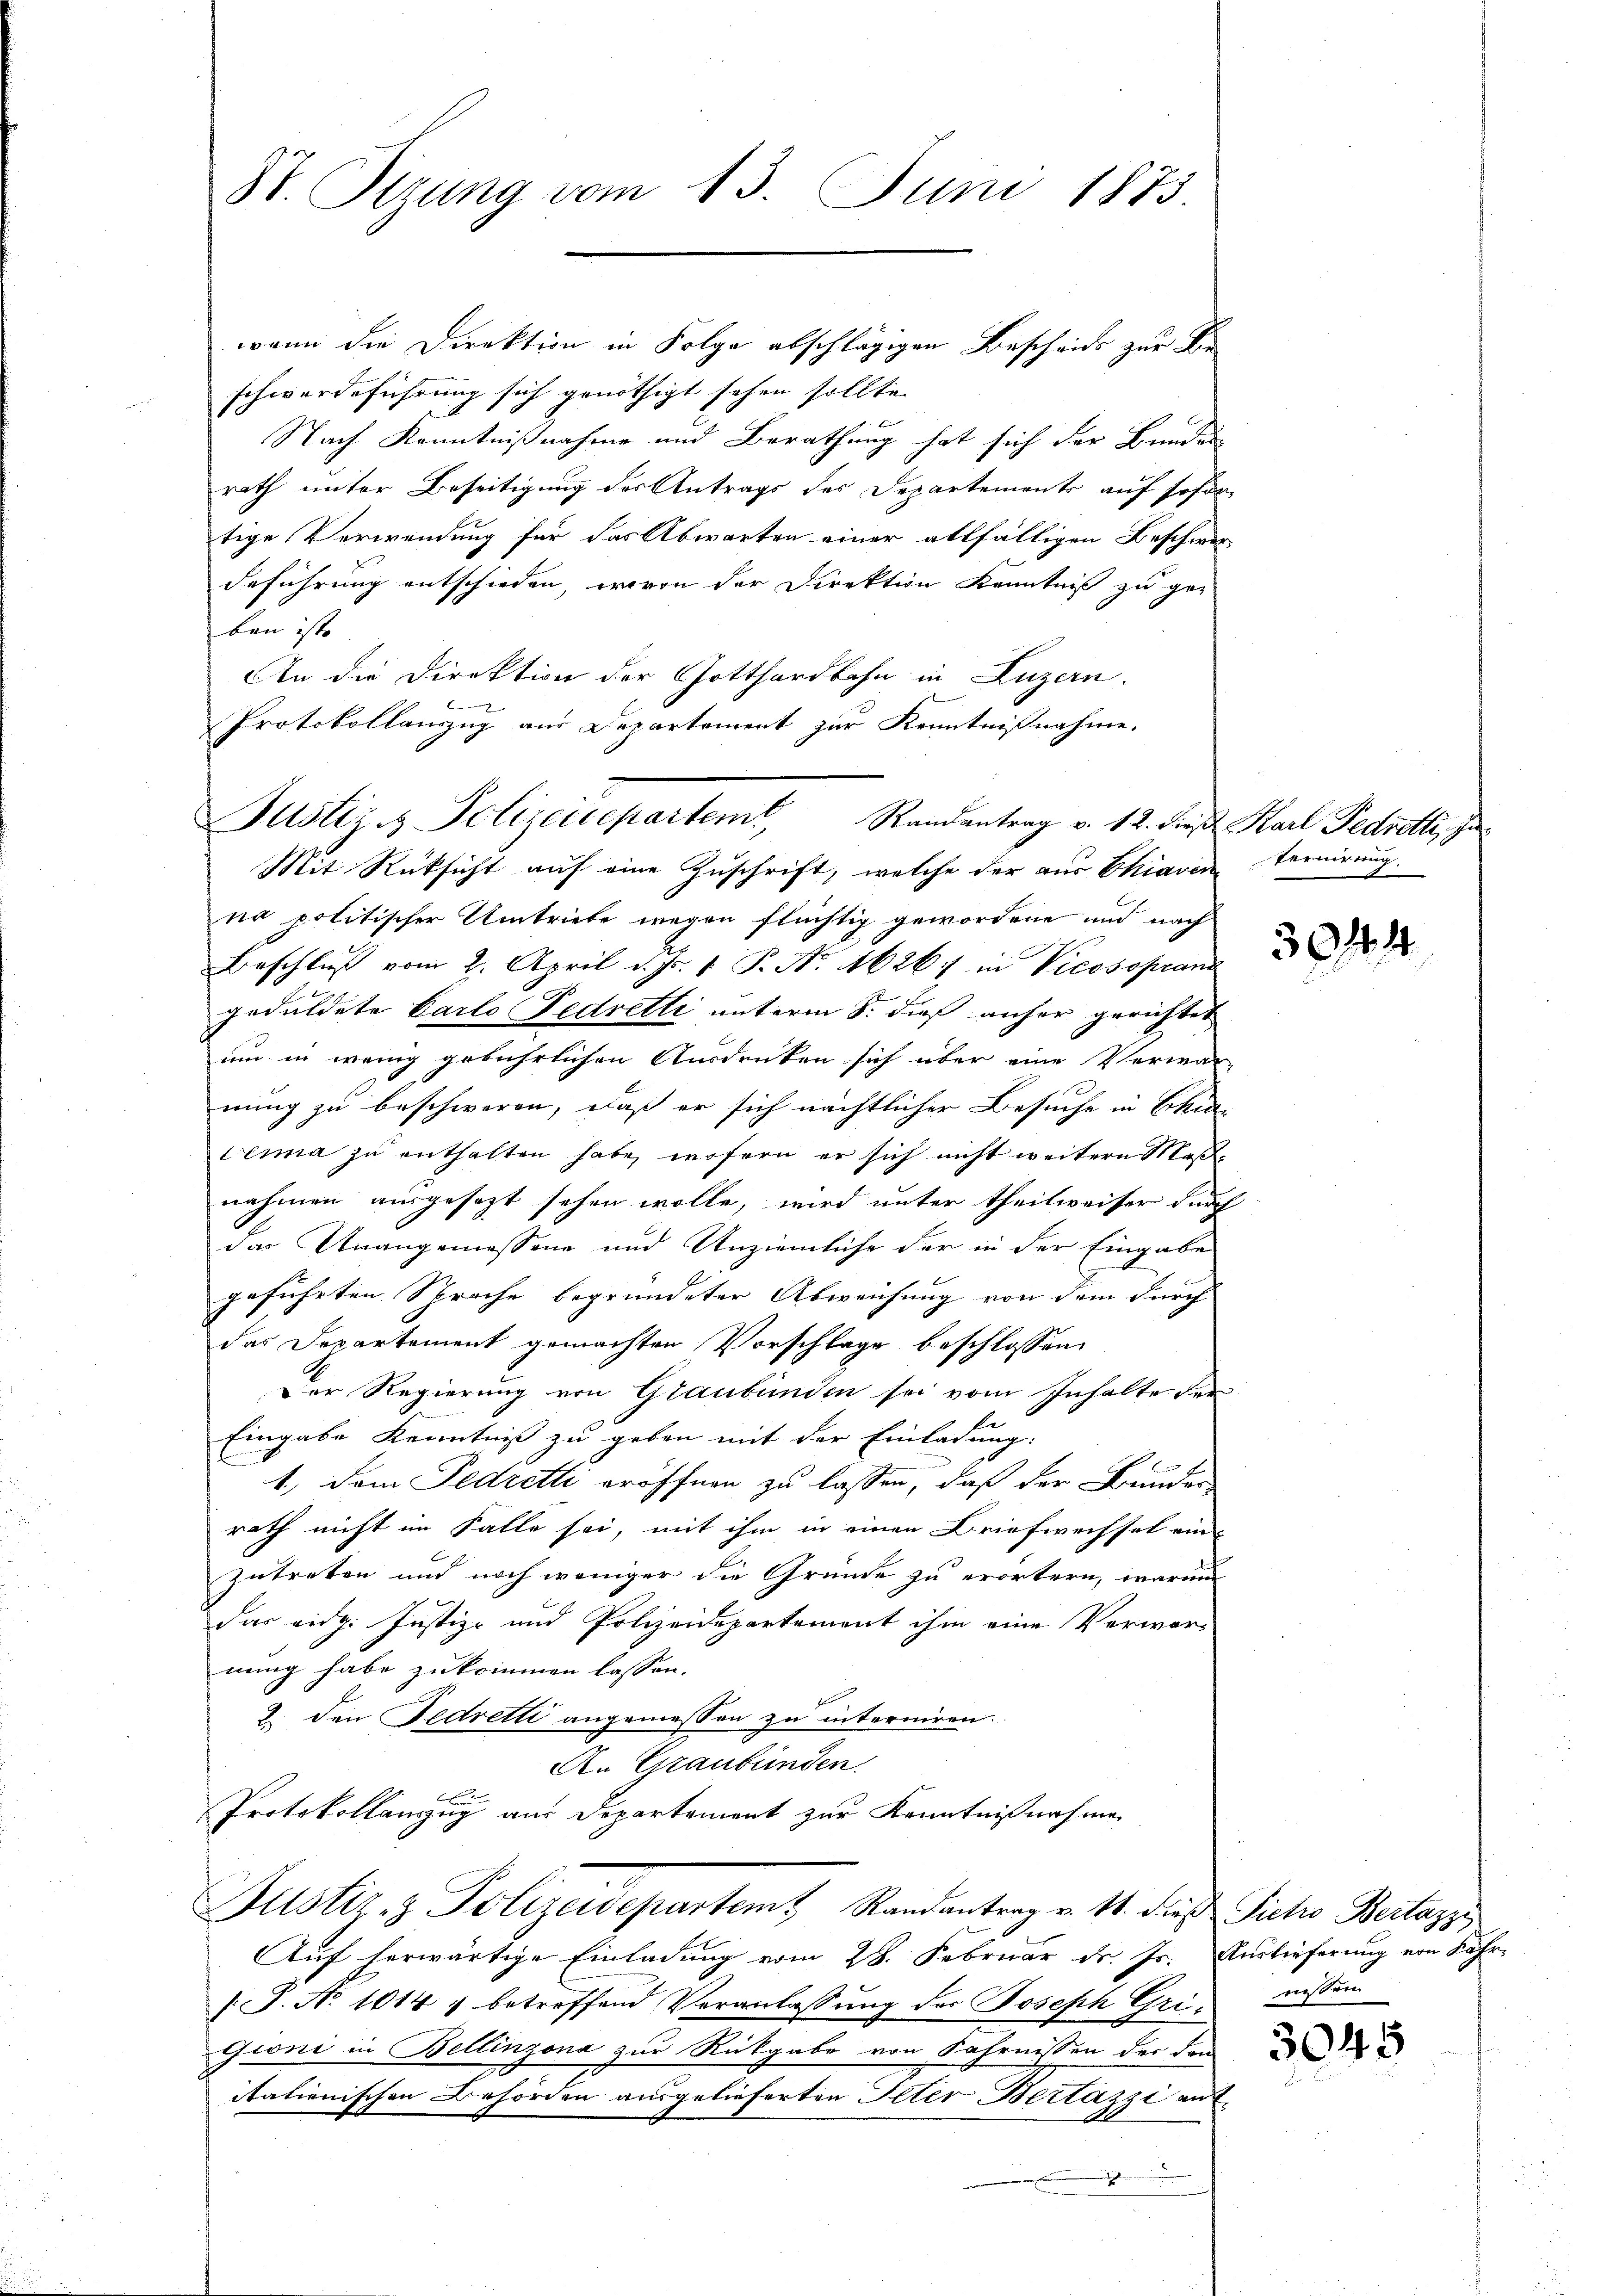
H. Sizung vom 13. Juni 1873.

wann die Direktion in Folge abschlägigen Bescheids zur Beschwerdeführung sich genöthigt sehen sollte.
Nach Kenntnißnahme und Berathung hat sich der Bundes
rath unter Beseitigung des Antrags des Departements auf sofor
tige Verwendung für das Abwarten einer allfälligen Beschwer-
Geführung entschieden, worin der Direktion Kenntniß zu ger
ben ist. |
An die Direktion der Gotthardbahn in Luzern.
.
Protokollauszug aus Departement zur Kenntnißnahme.
Mit Rücksicht auf eine Zuschrift, welche der aus Chiaven Ternirung.
na politischer Umtriebe wegen flüchtig gewordene und nach
Beschluß vom 2. April d. Js. 1. P. No. 1626 in Vicosoprand
geduldete Carlo Fedretti unterm 8. dieß anher gerichtet
um in wenig gebührlichen Ausdrüken sich über eine Verwar-
nung zu beschworen, daß er sich nächtlicher Besuche in Schur
Lena zu enthalten habe, wofern er sich nicht weitern Maßnahmen ausgesezt sehen wolle, wird unter theilweiser durch
das Unangemessene und Unziemliche der in der Eingabe
geführten Sprache begründeter Abweichung von dem durch
das Departemont gemachten Vorschlage beschlossen
Der Regierung von Graubünden sei vom Inhalte der
Eingabe Kenntniß zu geben mit der Einladung:
1.) Dem Fedretti eröffnen zu lassen, daß der Bunder
rath nicht im Falle sei, mit ihm in einen Briefwechsel ein
zutreten und noch weniger die Gründe zu erörtern, warum
das eidg. Justiz- und Polizeidepartement ihm eine Verwar-
nung habe zukommen lassen.
2. den Fedrette angemessen zu interniren.
An Graubünden.
F
Protokollauszug aus Departement zur Kenntnißnahme
Justiz- & Polizeidepartem Randantrag v. M. dieß Pietro Bertazzi
Auf herwärtige Einladung vom 28. Februar d. Js. Auslieferung von Fahr-
 P. No 1014 1 betreffend Veranlassung der Joseph Gri wissem
Gioni in Bellinzona zur Rückgabe von Fahrnissen der den
itationischen Behörden ausgelieferten Peter Bertazzi au

Justiz & Polizeidepartemt, Randantrag v. 12. dieß Karl Fedreth, Ju¬

E

3944

3045